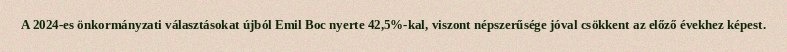
A 2024-es önkormányzati választásokat újból Emil Boc nyerte 42,5%-kal, viszont népszerűsége jóval csökkent az előző évekhez képest.